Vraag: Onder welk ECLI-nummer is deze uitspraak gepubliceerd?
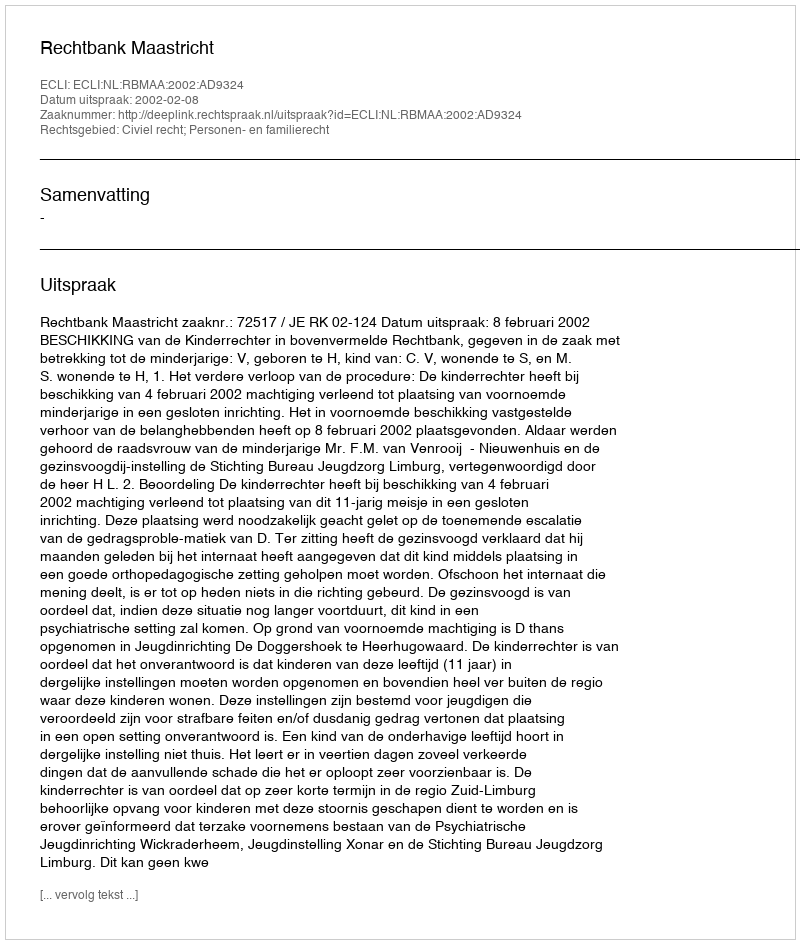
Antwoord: ECLI:NL:RBMAA:2002:AD9324